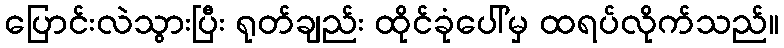
ပြောင်းလဲသွားပြီး ရုတ်ချည်း ထိုင်ခုံပေါ်မှ ထရပ်လိုက်သည်။